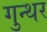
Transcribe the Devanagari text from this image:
गुन्थर